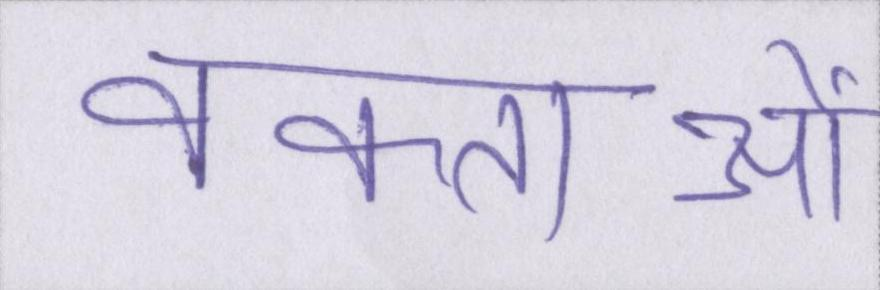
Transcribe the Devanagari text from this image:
वक्ताओं